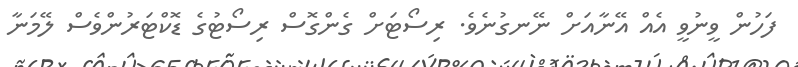
ފަހުން ވީނުވީ އެއް އޭނާއަށް ނޭނގުނެވެ. ރިސޯޓަށް ގެންގޮސް ރިސޯޓުގެ ޑޮކްޓަރުންވެސް ލޭމަނާ